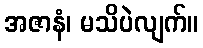
အဇာနံ၊ မသိပဲလျက်။